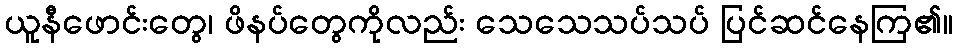
ယူနီဖောင်းတွေ၊ ဖိနပ်တွေကိုလည်း သေသေသပ်သပ် ပြင်ဆင်နေကြ၏။